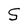
Character: S